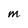
Character: M